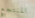
المنتجع